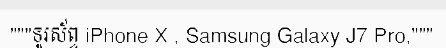
"""ទូរស័ព្ទ iPhone X , Samsung Galaxy J7 Pro,"""